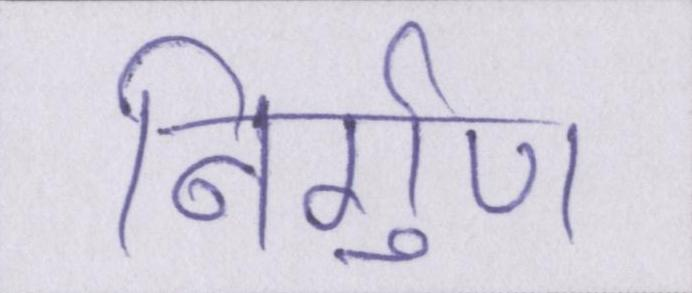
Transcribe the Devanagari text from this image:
निर्गुण